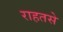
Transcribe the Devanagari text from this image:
राहतसे